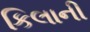
કિલાની